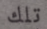
تلك